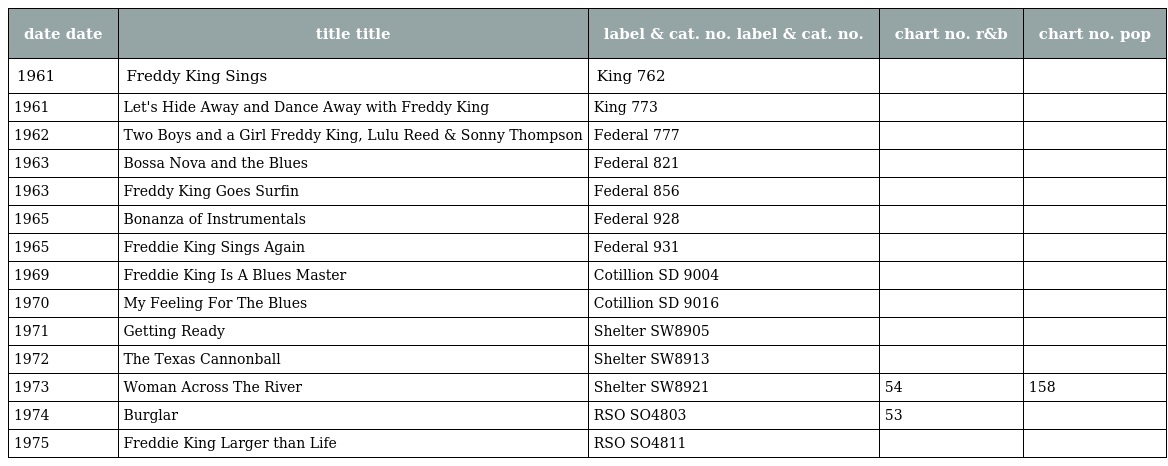
| date date | title title | label & cat. no. label & cat. no. | chart no. r&b | chart no. pop |
 | --- | --- | --- | --- | --- |
 | 1961 | Freddy King Sings | King 762 |  |  |
 | 1961 | Let's Hide Away and Dance Away with Freddy King | King 773 |  |  |
 | 1962 | Two Boys and a Girl Freddy King, Lulu Reed & Sonny Thompson | Federal 777 |  |  |
 | 1963 | Bossa Nova and the Blues | Federal 821 |  |  |
 | 1963 | Freddy King Goes Surfin | Federal 856 |  |  |
 | 1965 | Bonanza of Instrumentals | Federal 928 |  |  |
 | 1965 | Freddie King Sings Again | Federal 931 |  |  |
 | 1969 | Freddie King Is A Blues Master | Cotillion SD 9004 |  |  |
 | 1970 | My Feeling For The Blues | Cotillion SD 9016 |  |  |
 | 1971 | Getting Ready | Shelter SW8905 |  |  |
 | 1972 | The Texas Cannonball | Shelter SW8913 |  |  |
 | 1973 | Woman Across The River | Shelter SW8921 | 54 | 158 |
 | 1974 | Burglar | RSO SO4803 | 53 |  |
 | 1975 | Freddie King Larger than Life | RSO SO4811 |  |  |